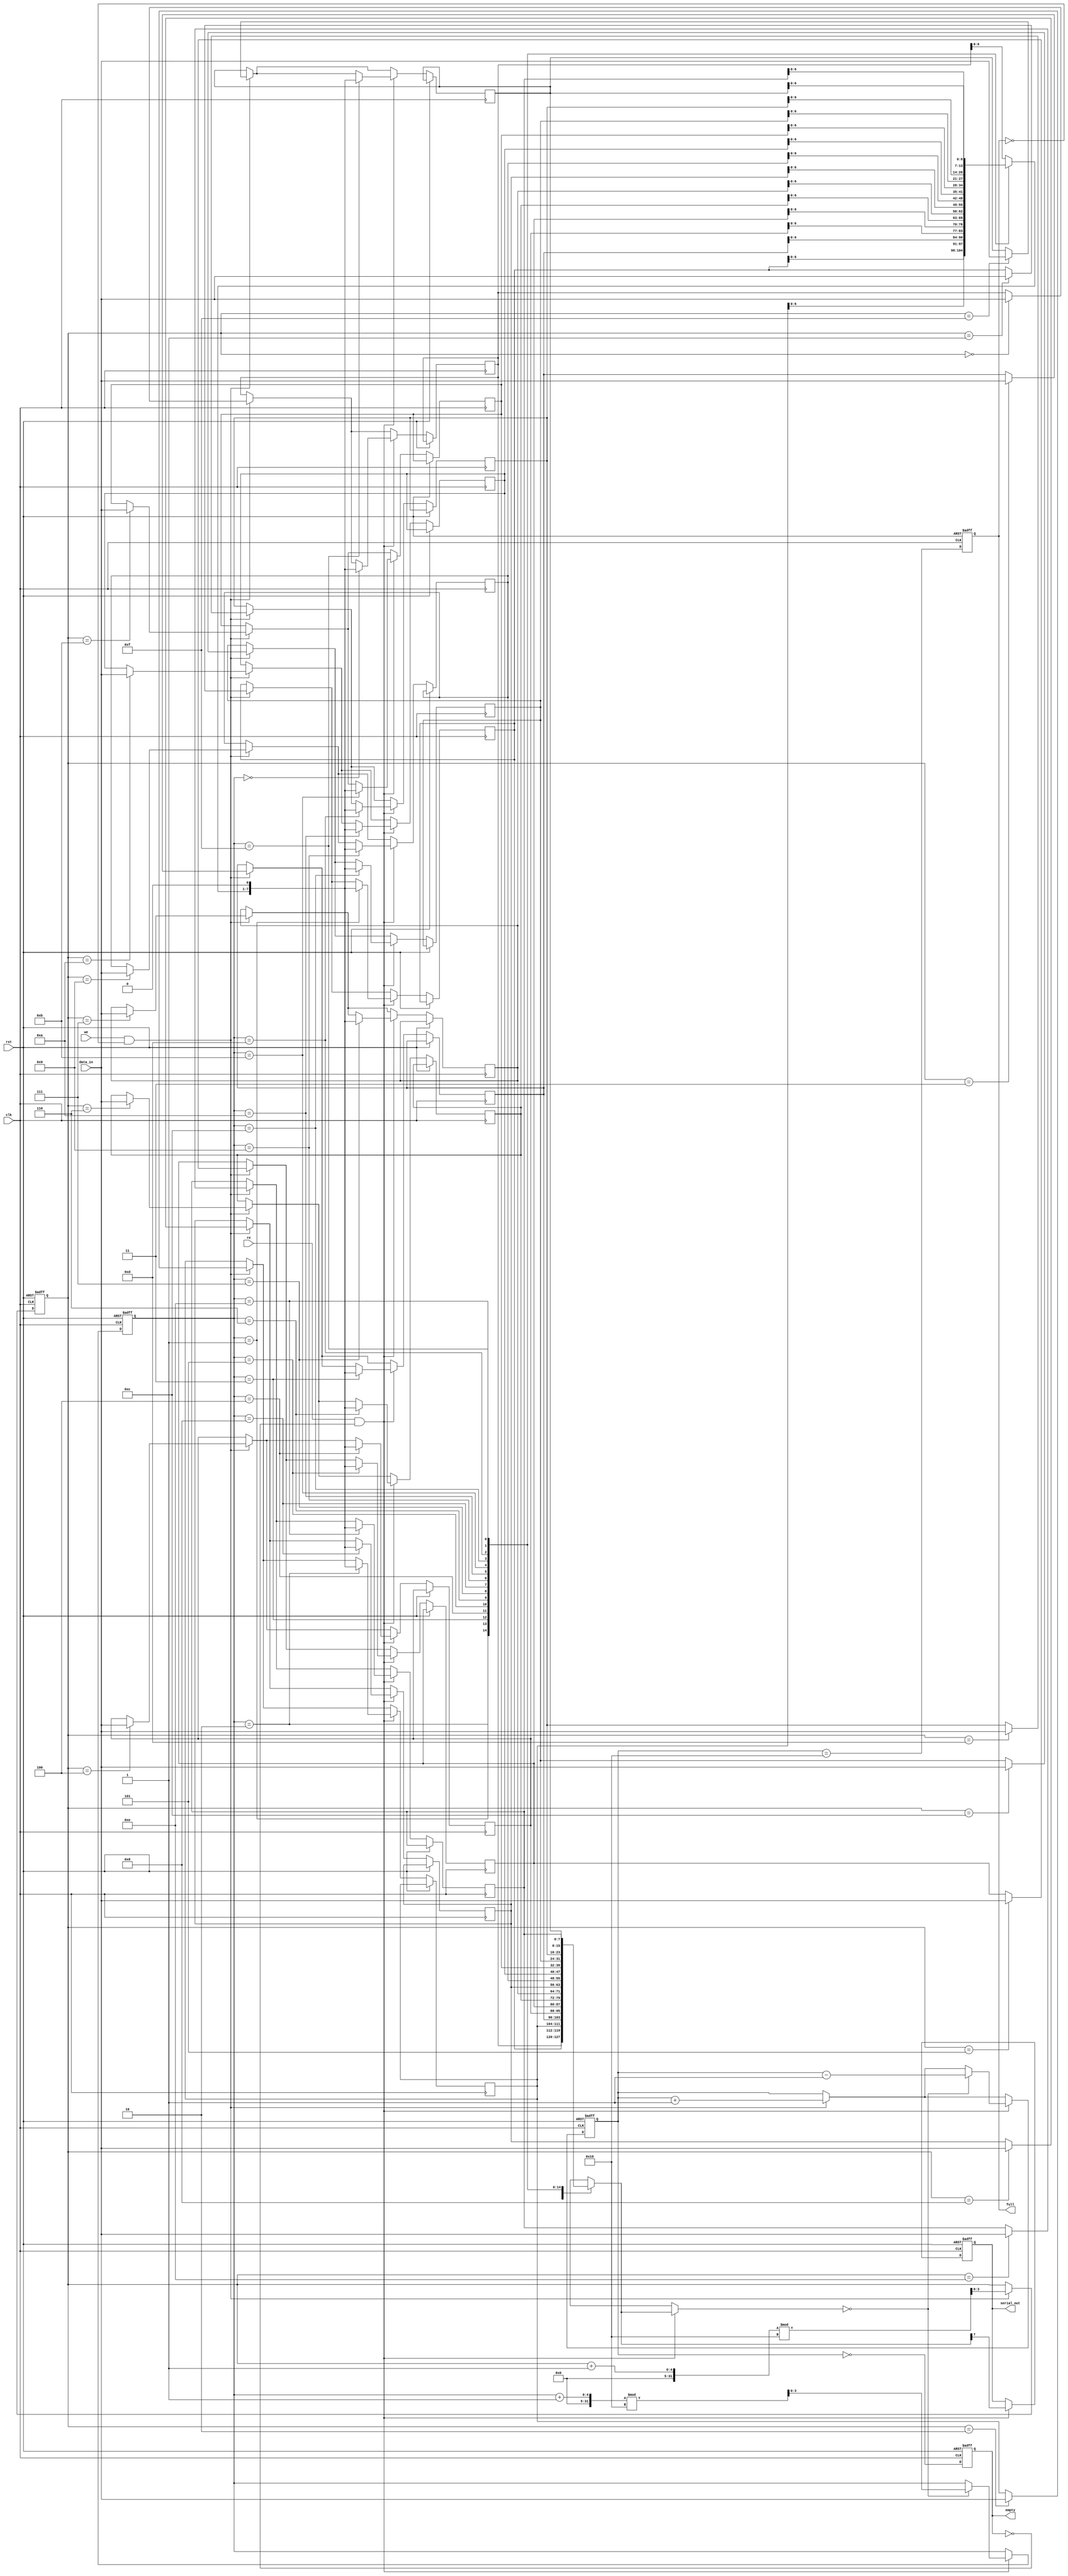
module fifo_piso #(
    parameter N = 8,          // Width of the data
    parameter DEPTH = 16      // Depth of the FIFO
)(
    input wire clk,           // Clock signal
    input wire rst,           // Asynchronous reset
    input wire we,            // Write Enable
    input wire re,            // Read Enable
    input wire [N-1:0] data_in, // Parallel input data
    output reg serial_out,    // Serial output
    output reg full,          // Full flag
    output reg empty          // Empty flag
);

    // Internal storage for FIFO
    reg [N-1:0] fifo_mem [0:DEPTH-1]; // FIFO memory
    reg [3:0] write_pointer;           // Write pointer
    reg [3:0] read_pointer;            // Read pointer
    reg [4:0] count;                   // Count of elements in FIFO

    // Asynchronous reset
    always @(posedge clk or posedge rst) begin
        if (rst) begin
            write_pointer <= 0;
            read_pointer <= 0;
            count <= 0;
            full <= 0;
            empty <= 1;
            serial_out <= 0;
        end else begin
            // Write Logic
            if (we && !full) begin
                fifo_mem[write_pointer] <= data_in; // Store data
                write_pointer <= (write_pointer + 1) % DEPTH; // Increment write pointer
                count <= count + 1; // Increment count
            end
            
            // Read Logic
            if (re && !empty) begin
                serial_out <= fifo_mem[read_pointer][N-1]; // Output the MSB of the current data
                fifo_mem[read_pointer] <= {fifo_mem[read_pointer][N-2:0], 1'b0}; // Shift left
                if (fifo_mem[read_pointer] == 0) begin
                    read_pointer <= (read_pointer + 1) % DEPTH; // Increment read pointer
                    count <= count - 1; // Decrement count
                end
            end

            // Update full and empty flags
            full <= (count == DEPTH);
            empty <= (count == 0);
        end
    end

endmodule